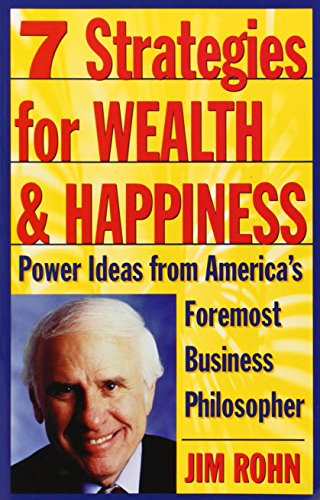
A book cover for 7 Strategies for Wealth & Happiness: Power Ideas from America's Foremost Business Philosopher; Jim Rohn; Business & Money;